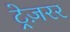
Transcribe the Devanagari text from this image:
ट्रेज़रर